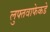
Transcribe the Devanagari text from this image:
लुफ्तवाफेकडे